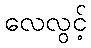
လေလွင့်